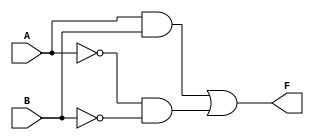
module KMap (
    input wire A,     // Input variable A
    input wire B,     // Input variable B
    output wire F     // Output function F
);

// Logic to implement the simplified expression based on the K-map groupings
assign F = (A & B) | (~A & ~B); // F = A AND B OR NOT A AND NOT B (Example: XNOR)

endmodule